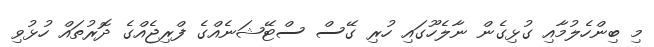
މި ބިންހެލުމާއި ގުޅިގެން ނާލެހޫގައި ހުރި ގޭސް ސްޓޭޝަނެއްގެ ފްރިޖެއްގެ ދޮރުތައް ހުޅުވި